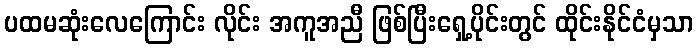
ပထမဆုံးလေကြောင်း လိုင်း အကူအညီ ဖြစ်ပြီးရှေ့ပိုင်းတွင် ထိုင်းနိုင်ငံမှသာ